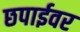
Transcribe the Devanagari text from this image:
छपाईवर